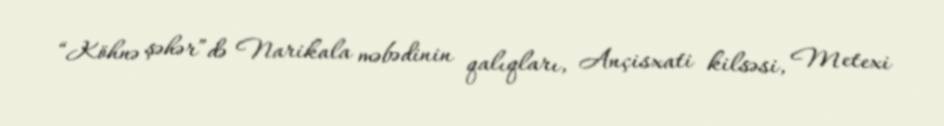
“Köhnə şəhər”də Narikala məbədinin qalıqları, Ançisxati kilsəsi, Metexi